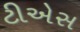
ટીએસ